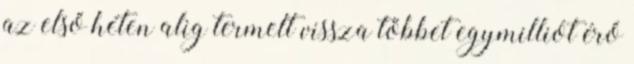
az első héten alig termelt vissza többet egymilliót érő